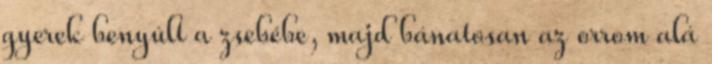
gyerek benyúlt a zsebébe, majd bánatosan az orrom alá